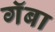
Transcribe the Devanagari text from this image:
गॅबा